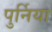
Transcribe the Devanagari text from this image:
पुर्निया